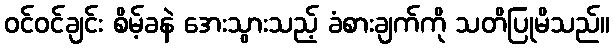
ဝင်ဝင်ချင်း စိမ့်ခနဲ အေးသွားသည့် ခံစားချက်ကို သတိပြုမိသည်။